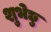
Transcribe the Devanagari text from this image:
शुभेछु